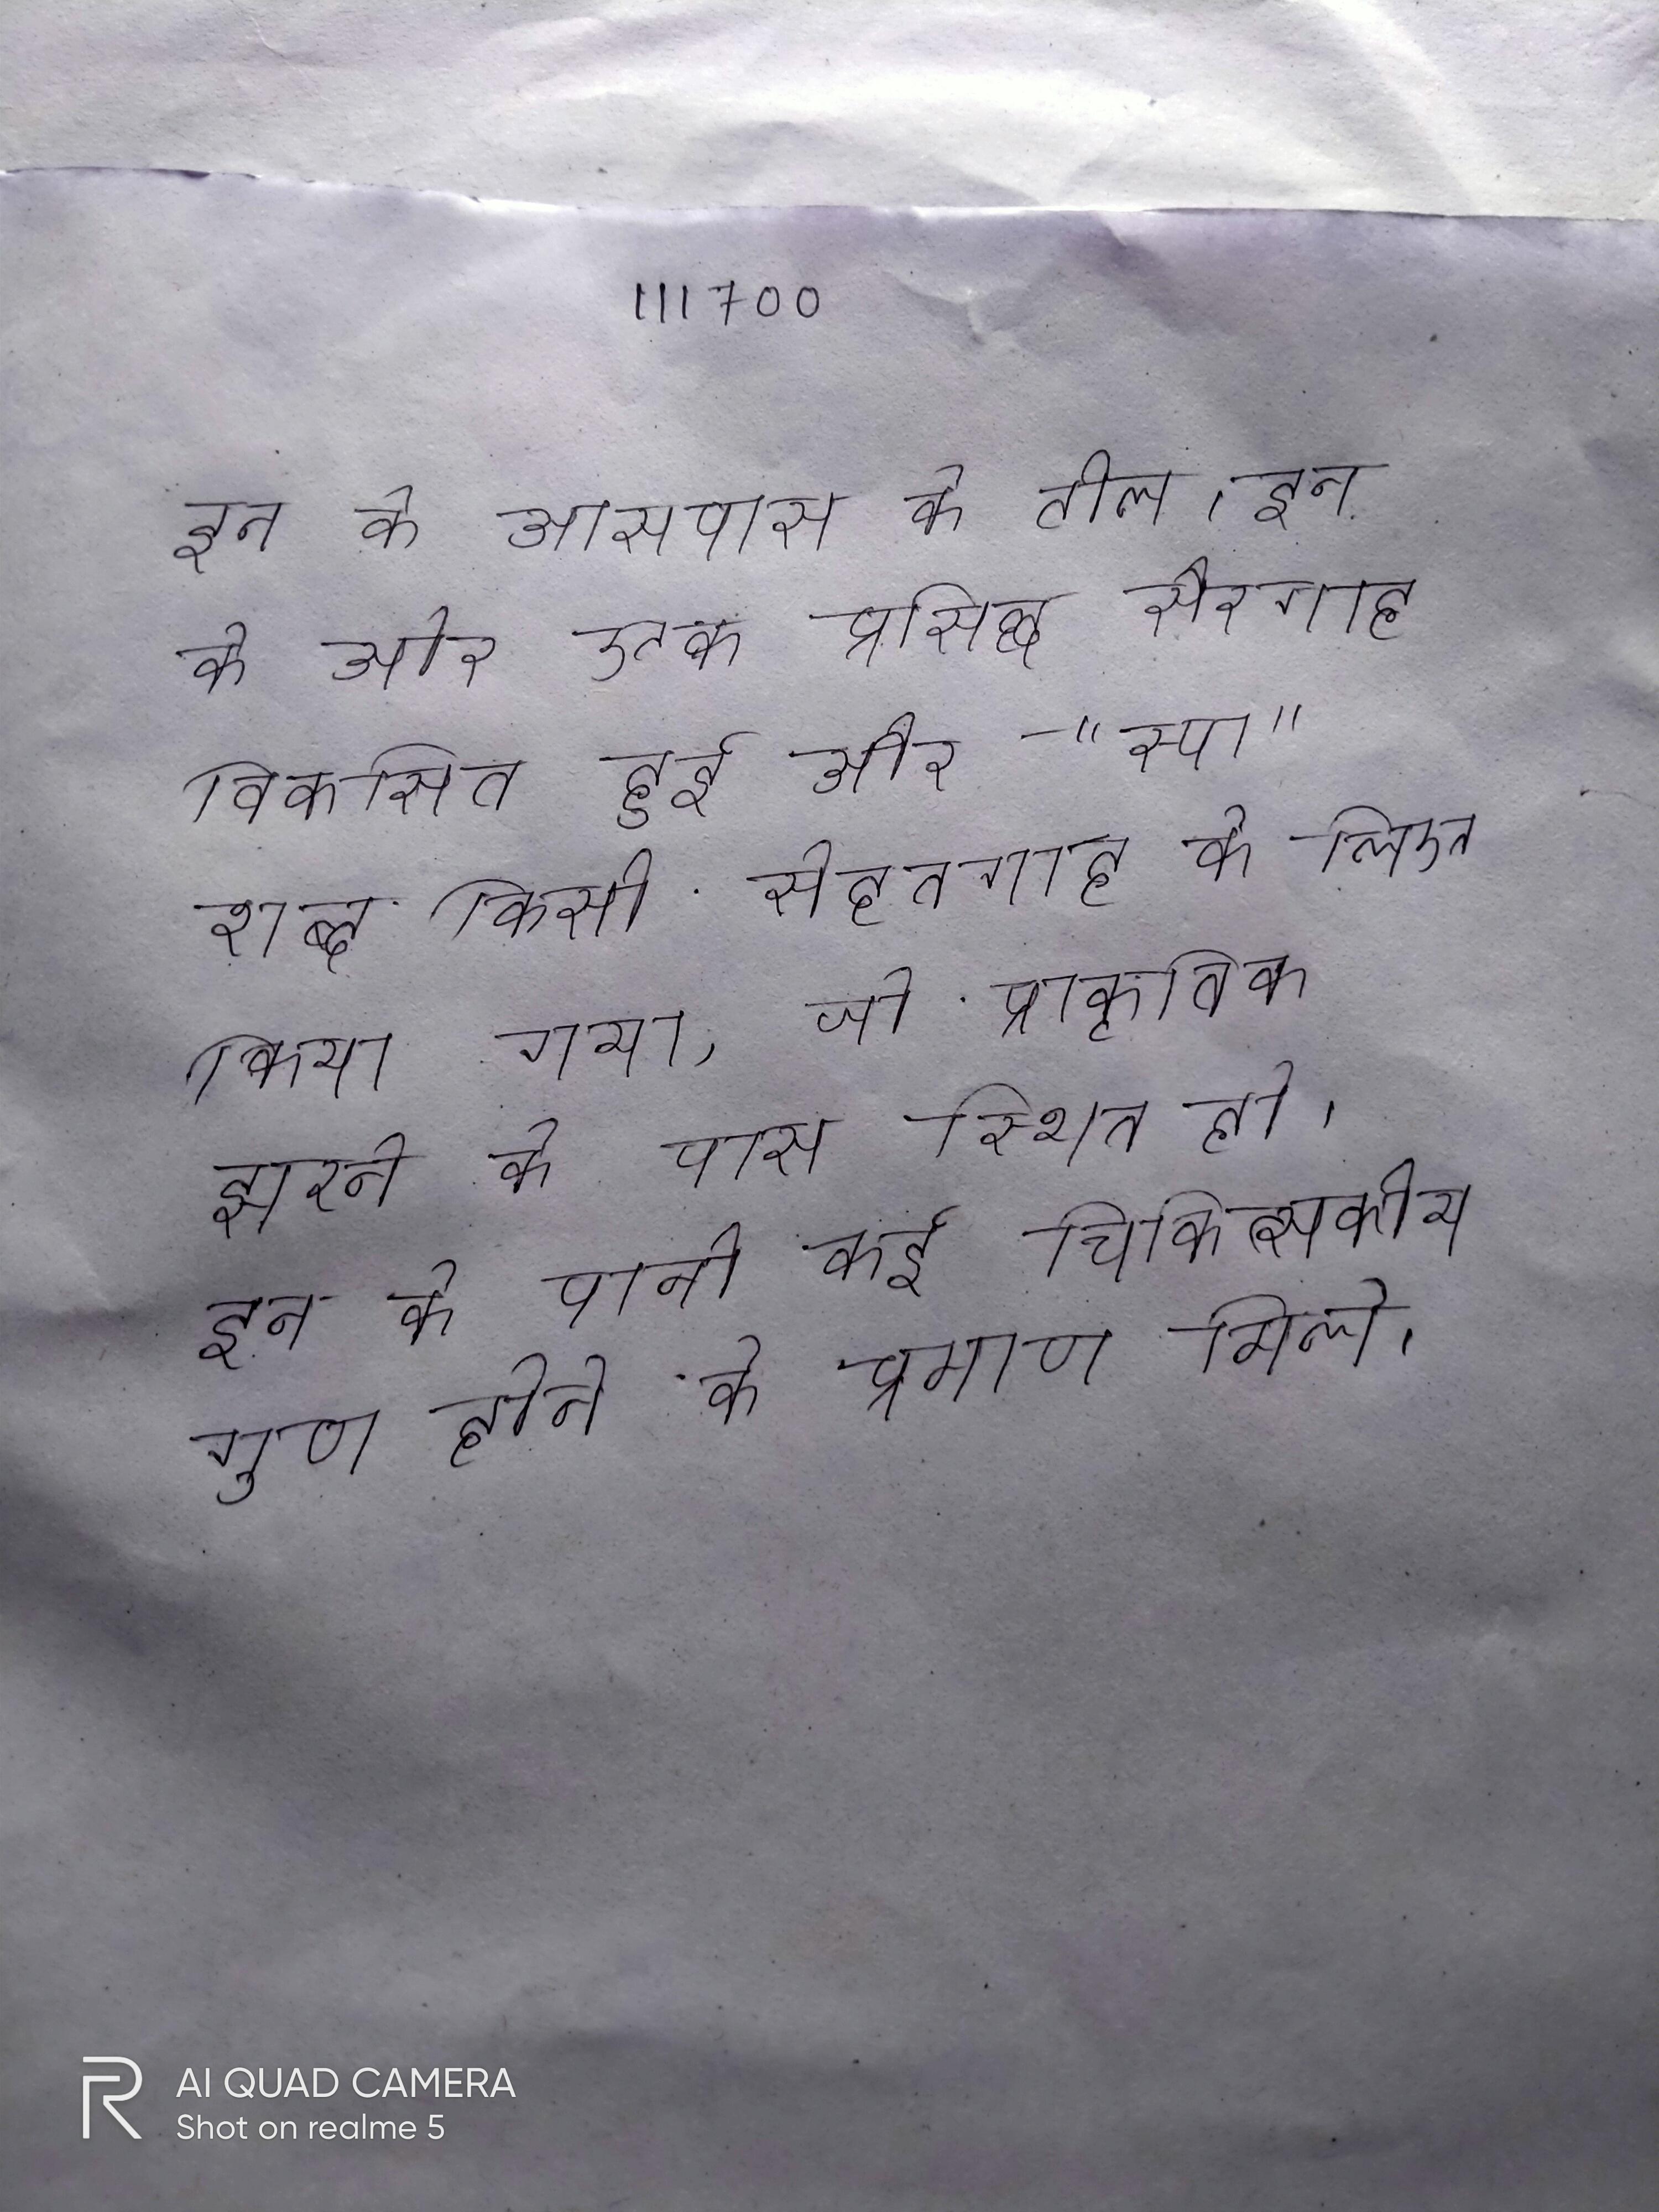
इन के आसपास के टीले । इन के ओर एक प्रसिद्ध सैरगाह विकसित हुई और "स्पा" शब्द किसी सेहतगाह के लिए किया गया, जो प्राकृतिक झरने के पास स्थित हो । इन के पानी कई चिकित्सकीय गुण होने के प्रमाण मिले ।